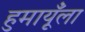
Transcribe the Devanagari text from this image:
हुमायूँला